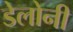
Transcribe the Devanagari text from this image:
डेलोनी